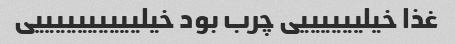
غذا خیلییییییی چرب بود خیلییییییییییی